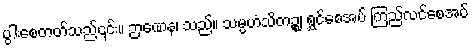
ပွါးစေတတ်သည်၎င်း။ ဉာဏေန၊ သည်။ သမ္ပဟံသိတဉ္စ၊ ရွှင်စေအပ် ကြည်လင်စေအပ်